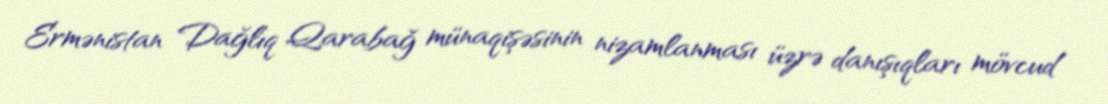
Ermənistan Dağlıq Qarabağ münaqişəsinin nizamlanması üzrə danışıqları mövcud